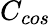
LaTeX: C_{cos}